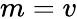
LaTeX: m=v